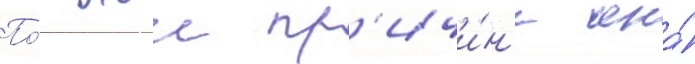
По́ этои пр'ичи́н'е она́